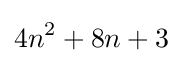
4n^{2}+8n+3